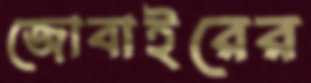
জোবাইরের